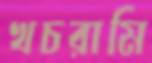
খচরামি